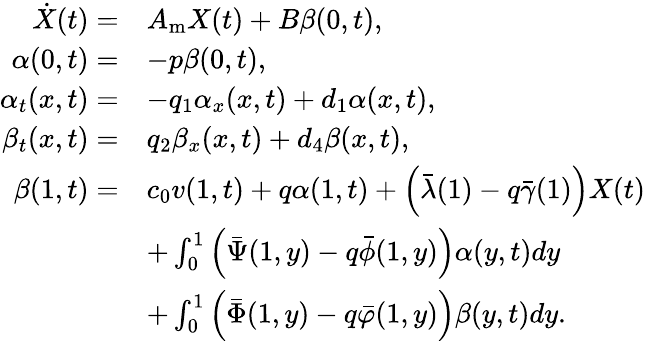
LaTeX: \begin{array}{rl}{\dot{X}(t)=}&{A_{\mathrm{m}}X(t)+{B}\beta(0,t),}\\ {\alpha(0,t)=}&{-p\beta(0,t),}\\ {{\alpha_{t}}(x,t)=}&{-{q_{1}}{\alpha_{x}}(x,t)+{d_{1}}\alpha(x,t),}\\ {{\beta_{t}}(x,t)=}&{{q_{2}}{\beta_{x}}(x,t)+{d_{4}}\beta(x,t),}\\ {\beta(1,t)=}&{c_{0}v(1,t)+q\alpha(1,t)+\left(\bar{\lambda}(1)-q\bar{\gamma}(1)\right){X}(t)}\\ &{+\int_{0}^{1}\left({\bar{\Psi}}(1,y)-q{\bar{\phi}}(1,y)\right)\alpha(y,t)dy}\\ &{+\int_{0}^{1}\left({\bar{\Phi}}(1,y)-q{\bar{\varphi}}(1,y)\right)\beta(y,t)dy.}\end{array}